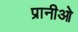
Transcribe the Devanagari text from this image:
प्रानीओ